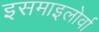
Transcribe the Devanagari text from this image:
इसमाइलोर्वा